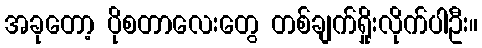
အခုတော့ ပိုစတာလေးတွေ တစ်ချက်ရှိုးလိုက်ပါဦး။